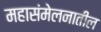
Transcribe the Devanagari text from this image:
महासंमेलनातील